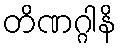
တိဏဂ္ဂါနိ